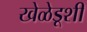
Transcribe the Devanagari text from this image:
खेळेडूशी